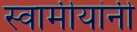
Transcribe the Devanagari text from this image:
स्वामीयांनी